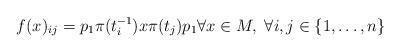
LaTeX: \begin{align*}f(x)_{ij}=p_{1}\pi(t_{i}^{-1})x\pi(t_{j})p_{1} \forall x \in M, \; \forall i,j \in \{1,\ldots,n\}\end{align*}